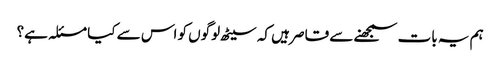
ہم یہ بات سمجھنے سے قاصر ہیں کہ سیٹھ لوگوں کو اس سے کیا مسئلہ ہے؟